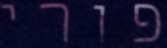
פורי